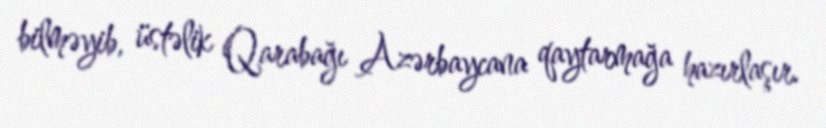
bilməyib, üstəlik Qarabağı Azərbaycana qaytarmağa hazırlaşır.